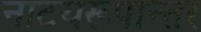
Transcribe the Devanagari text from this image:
नाटयरूपान्तर